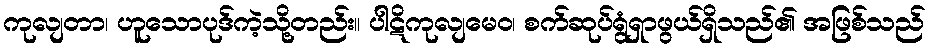
ကုလျတာ၊ ဟူသောပုဒ်ကဲ့သို့တည်း။ ပါဋိကုလျမေဝ၊ စက်ဆုပ်ရွံရှာဖွယ်ရှိသည်၏ အဖြစ်သည်